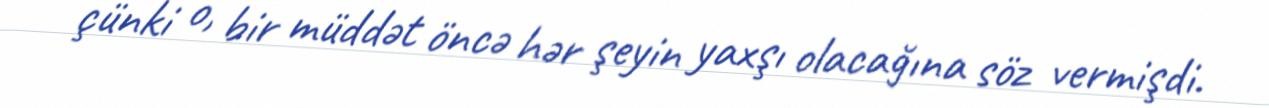
çünki o, bir müddət öncə hər şeyin yaxşı olacağına söz vermişdi.